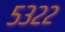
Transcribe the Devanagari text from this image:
५३२२